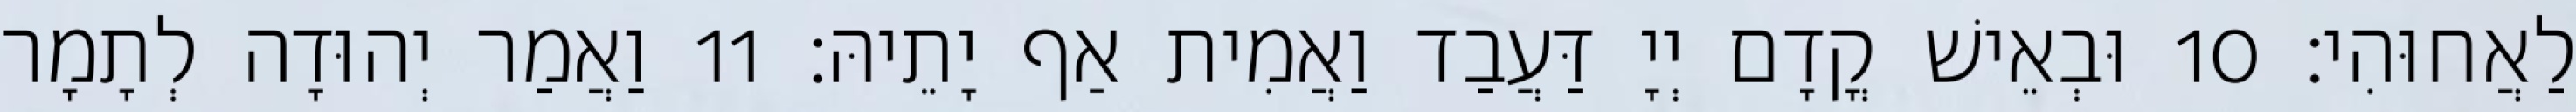
לַאֲחוּהִי׃ 10 וּבְאֵישׁ קֳדָם יְיָ דַּעֲבַד וַאֲמִית אַף יָתֵיהּ׃ 11 וַאֲמַר יְהוּדָה לְתָמָר